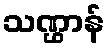
သဏ္ဌာန်